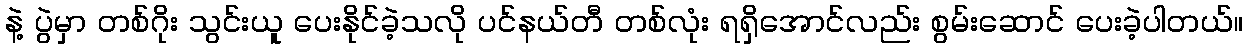
နဲ့ ပွဲမှာ တစ်ဂိုး သွင်းယူ ပေးနိုင်ခဲ့သလို ပင်နယ်တီ တစ်လုံး ရရှိအောင်လည်း စွမ်းဆောင် ပေးခဲ့ပါတယ်။